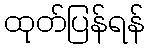
ထုတ်ပြန်ရန်